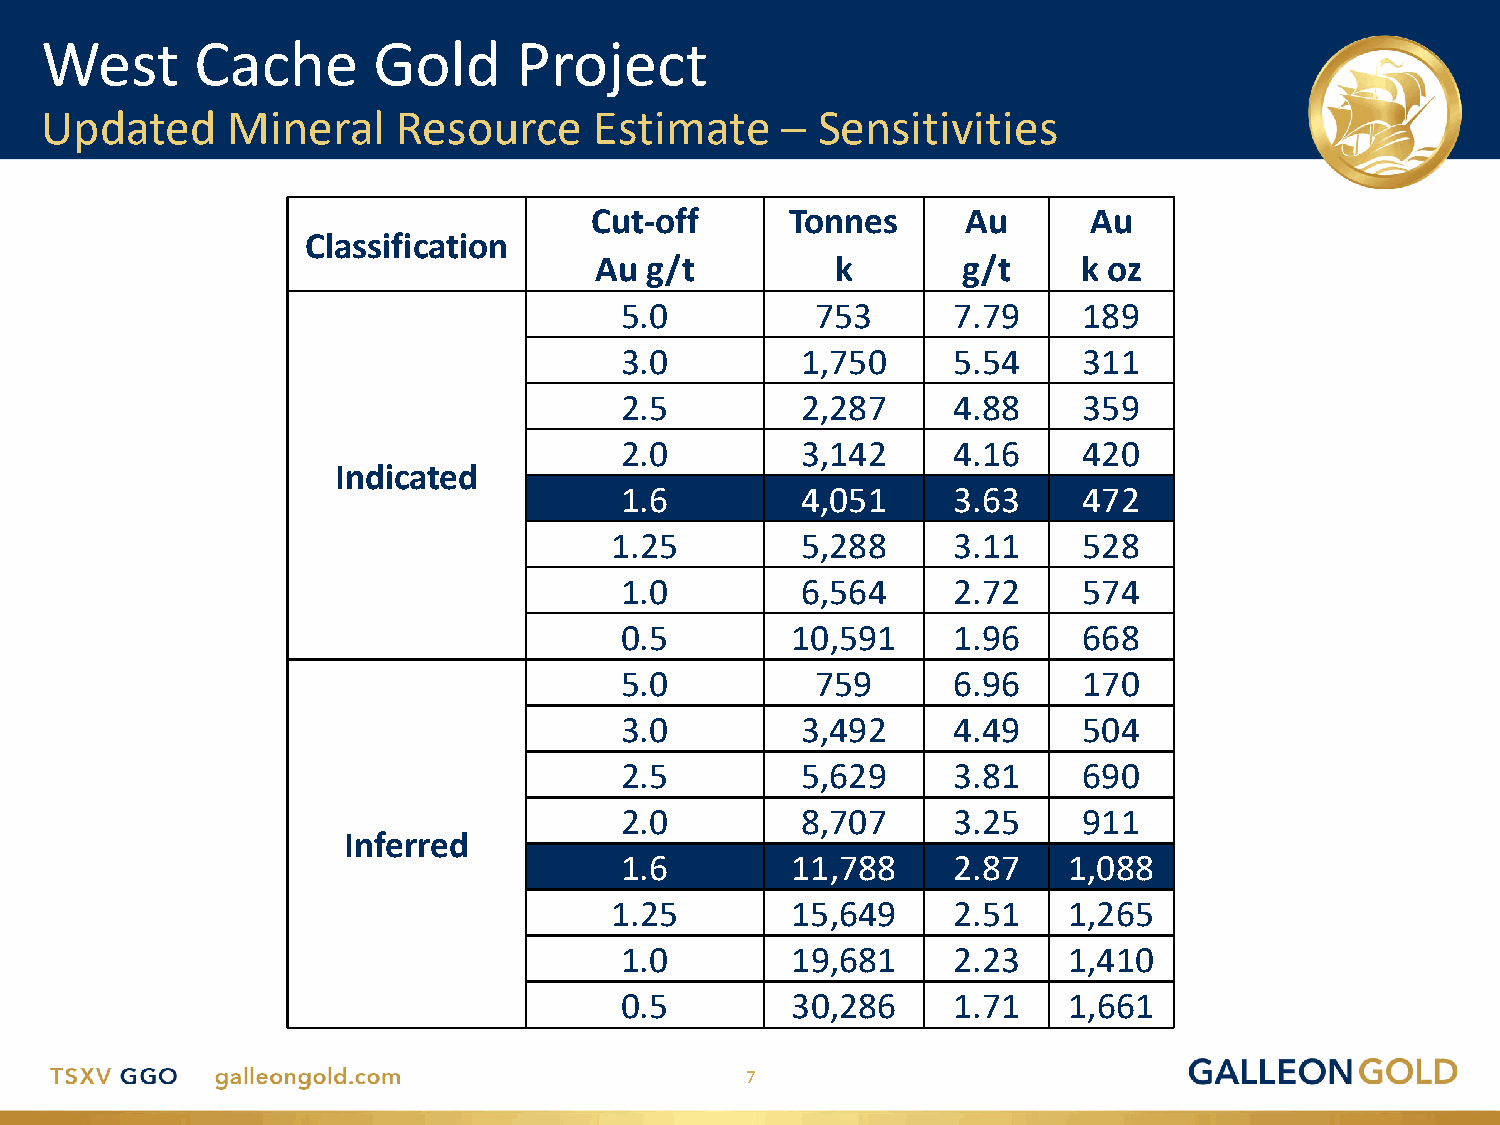
West      Cache       Gold     Project
 Updated     Mineral    Resource     Estimate     – Sensitivities
 Cut-off      Tonnes      Au      Au
 Classification
 Au  g/t         k        g/t     k oz
 5.0          753      7.79     189
 3.0         1,750     5.54     311
 2.5         2,287     4.88     359
 2.0         3,142     4.16     420
 Indicated
 1.6         4,051     3.63     472
 1.25         5,288     3.11     528
 1.0         6,564     2.72     574
 0.5        10,591     1.96     668
 5.0          759      6.96     170
 3.0         3,492     4.49     504
 2.5         5,629     3.81     690
 2.0         8,707     3.25     911
 Inferred
 1.6        11,788     2.87    1,088
 1.25        15,649     2.51    1,265
 1.0        19,681     2.23    1,410
 0.5        30,286     1.71    1,661
 7